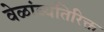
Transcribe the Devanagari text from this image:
वेळांव्यतिरिक्त